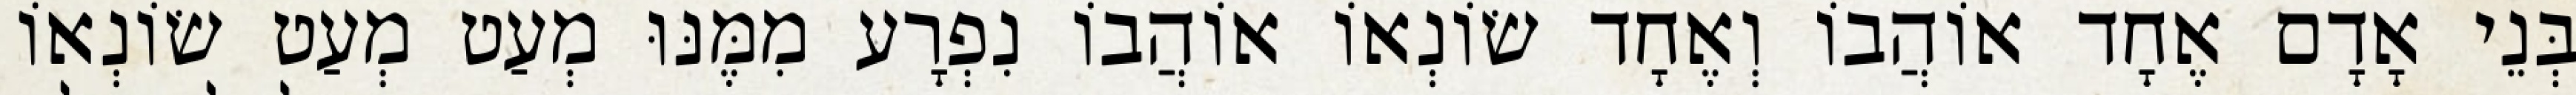
בְּנֵי אָדָם אֶחָד אוֹהֲבוֹ וְאֶחָד שׂוֹנְאוֹ אוֹהֲבוֹ נִפְרָע מִמֶּנּוּ מְעַט מְעַט שׂוֹנְאוֹ